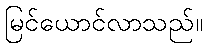
မြင်ယောင်လာသည်။